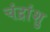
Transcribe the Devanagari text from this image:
चंद्रांशु